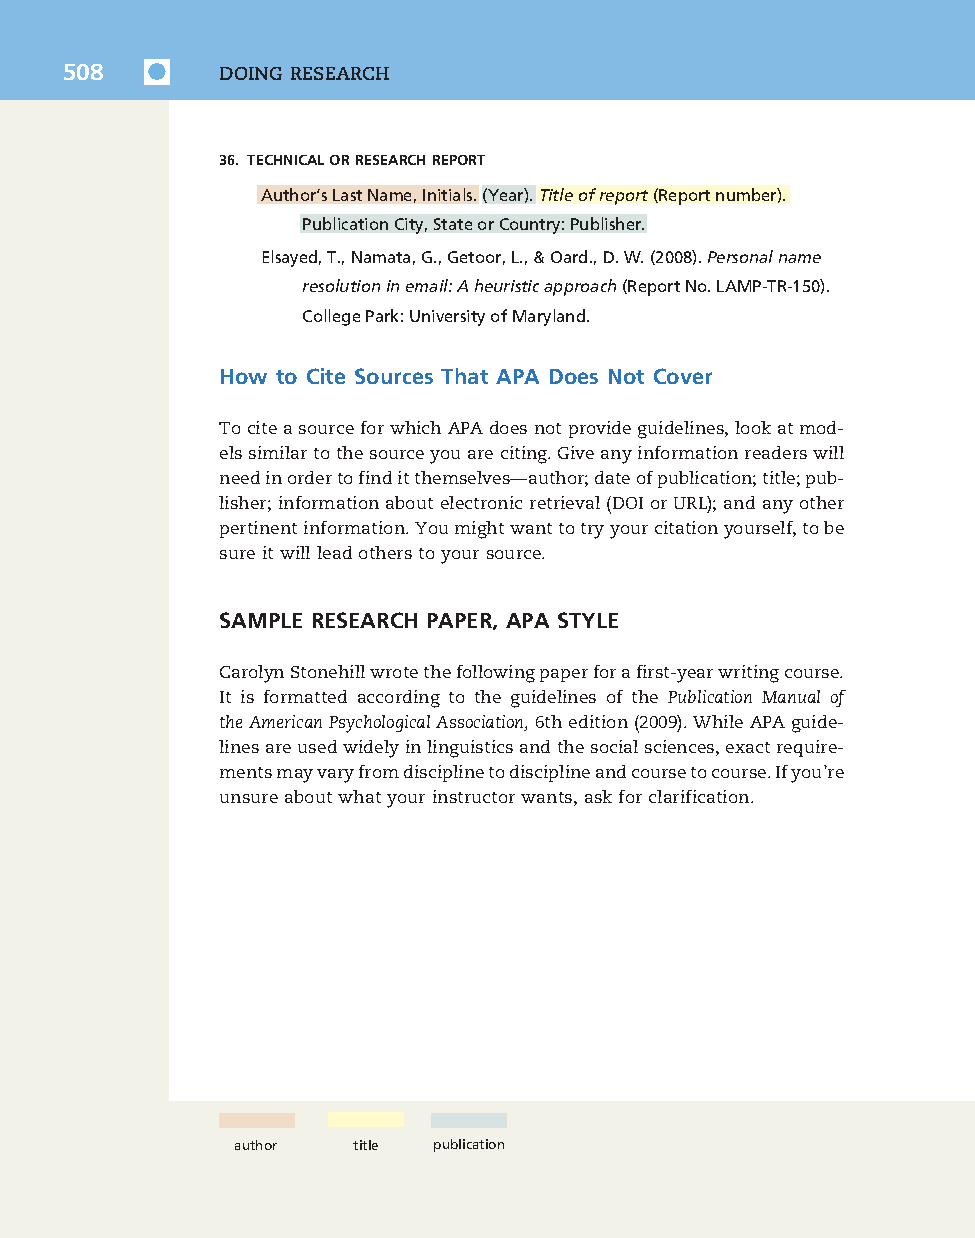
7830_50_p477-520_Q4-7:7830_50_p477-520_Q4-7 10/16/09 3:34 PM Page 508
 508        DOING RESEARCH
 36. TECHNICALORRESEARCHREPORT
 Author’sLastName,Initials.(Year).Titleofreport(Reportnumber).
 PublicationCity,StateorCountry:Publisher.
 Elsayed,T.,Namata,G.,Getoor,L.,&Oard.,D.W.(2008).Personalname
 resolutioninemail:Aheuristicapproach(ReportNo.LAMP-TR-150).
 CollegePark:UniversityofMaryland.
 How to Cite Sources That APA Does Not Cover
 TociteasourceforwhichAPAdoesnotprovideguidelines,lookatmod-
 elssimilartothesourceyouareciting.Giveanyinformationreaderswill
 needinordertofinditthemselves—author;dateofpublication;title;pub-
 lisher;informationaboutelectronicretrieval(DOIorURL);andanyother
 pertinentinformation.Youmightwanttotryyourcitationyourself,tobe
 sureitwillleadotherstoyoursource.
 SAMPLE RESEARCH PAPER, APA STYLE
 CarolynStonehillwrotethefollowingpaperforafirst-yearwritingcourse.
 It is formatted according to the guidelines of the Publication Manual of
 theAmericanPsychologicalAssociation,6thedition(2009).WhileAPAguide-
 linesareusedwidelyinlinguisticsandthesocialsciences,exactrequire-
 mentsmayvaryfromdisciplinetodisciplineandcoursetocourse.Ifyou’re
 unsureaboutwhatyourinstructorwants,askforclarification.
 author  title publication